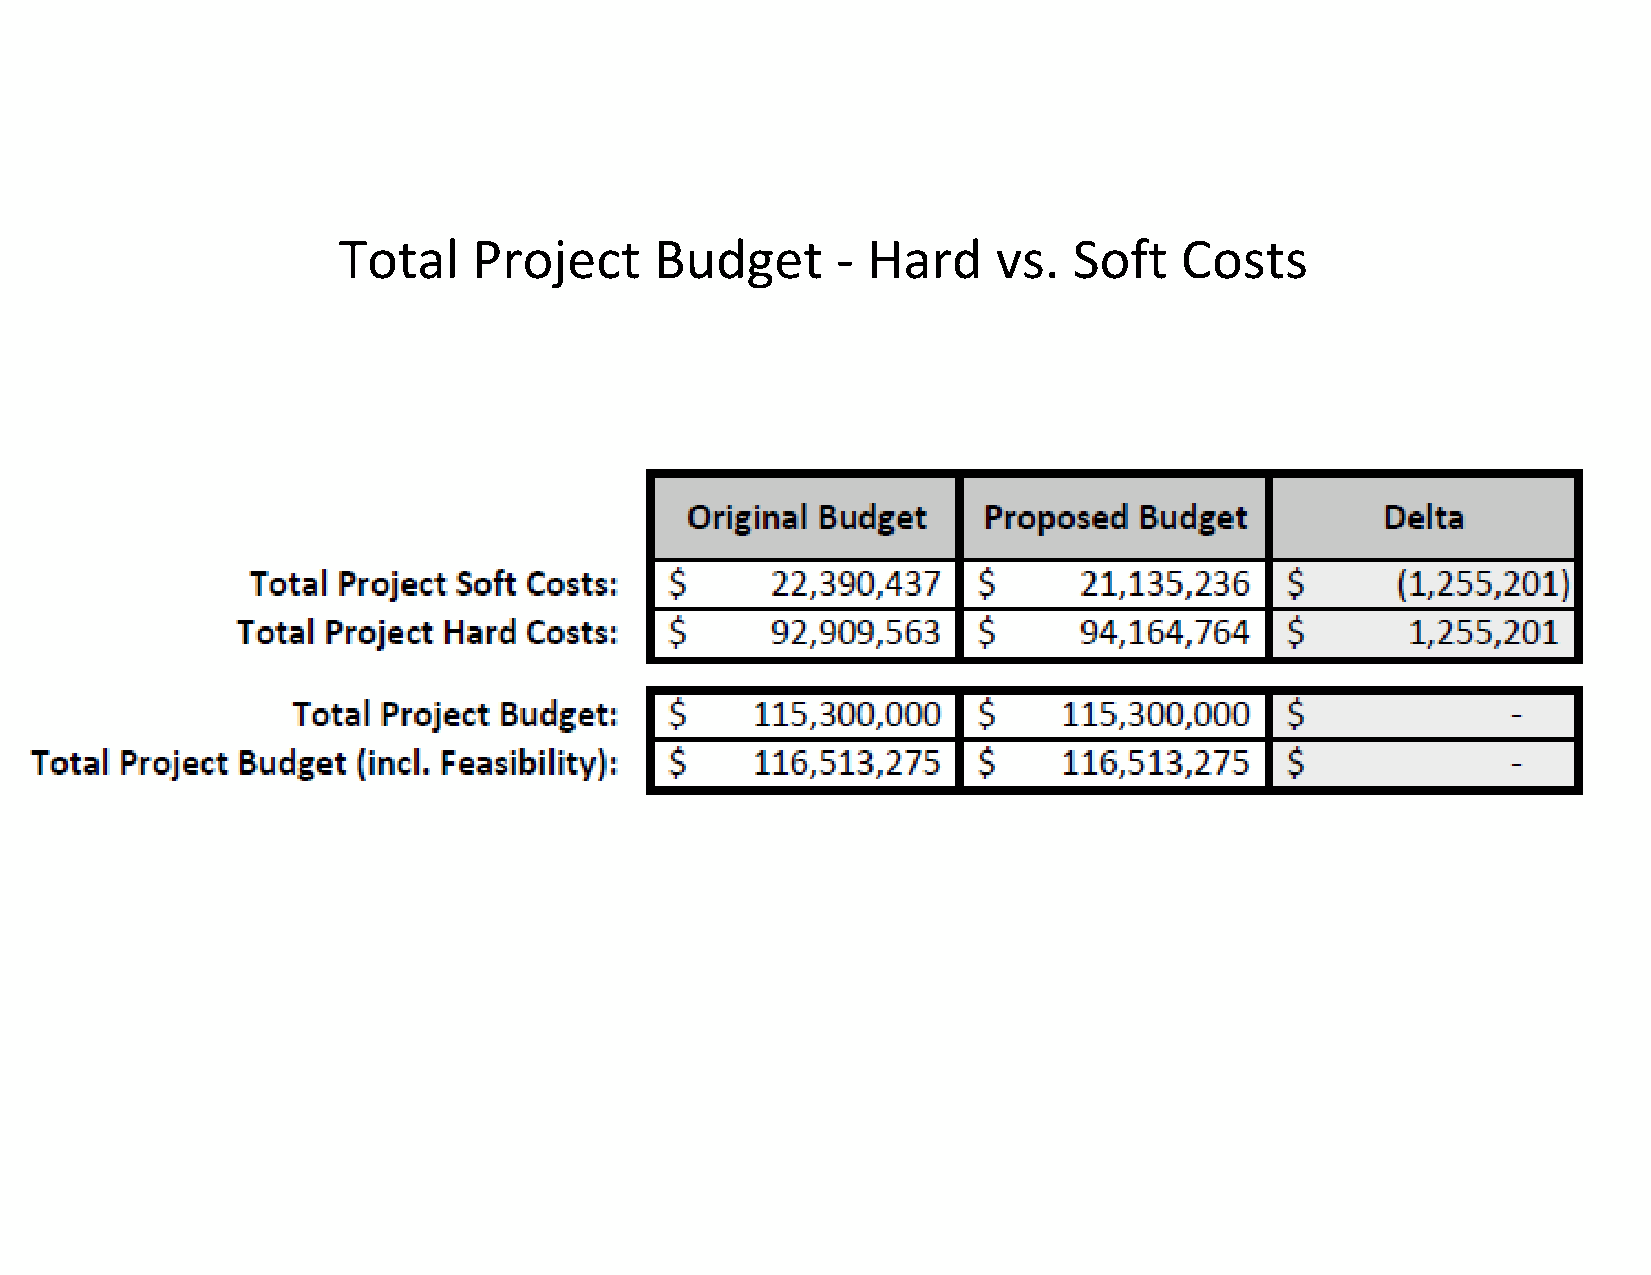
Total    Project     Budget      - Hard     vs.  Soft   Costs